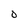
Character: O